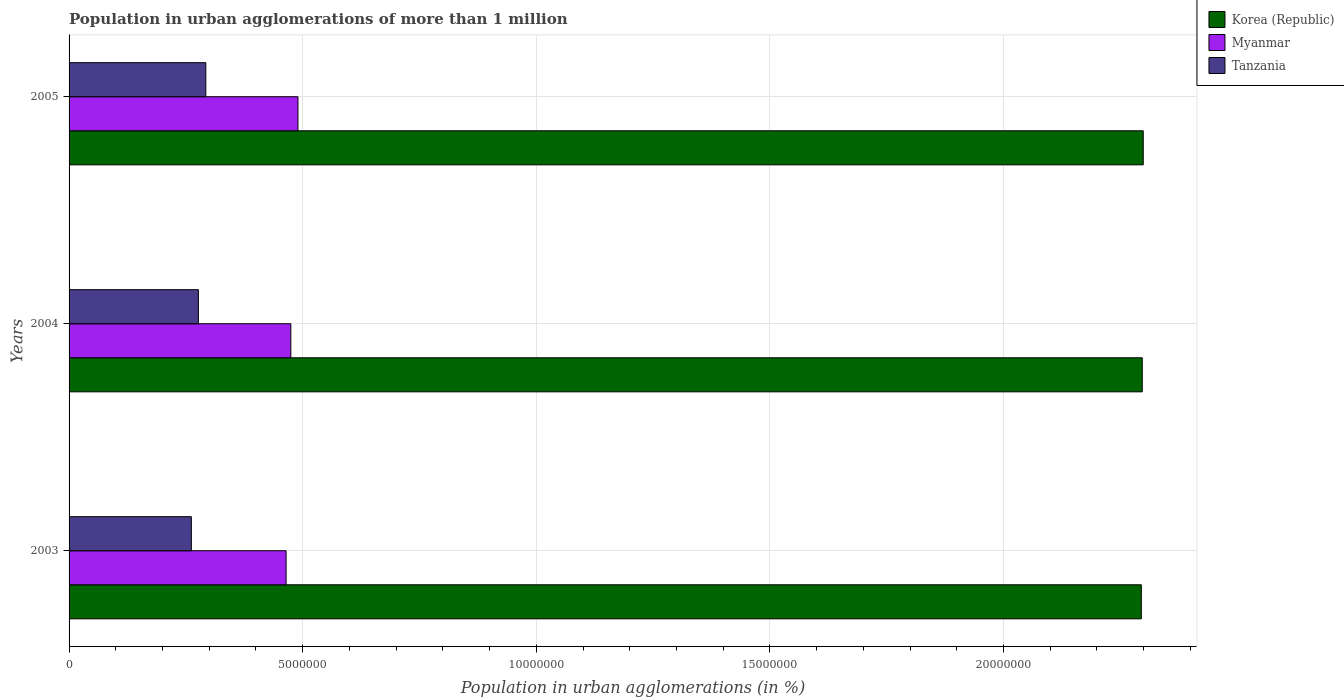
| Years | Korea (Republic) | Myanmar | Tanzania |
 | --- | --- | --- | --- |
 | 2003 | 2.29e+07 | 4.64e+06 | 2.62e+06 |
 | 2004 | 2.3e+07 | 4.75e+06 | 2.77e+06 |
 | 2005 | 2.3e+07 | 4.9e+06 | 2.93e+06 |